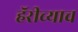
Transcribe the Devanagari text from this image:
हॅरीच्याच